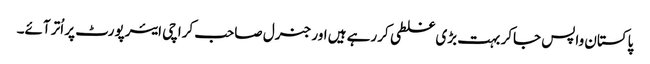
پاکستان واپس جاکر بہت بڑی غلطی کررہے ہیں اور جنرل صاحب کراچی ایئرپورٹ پر اُتر آئے۔